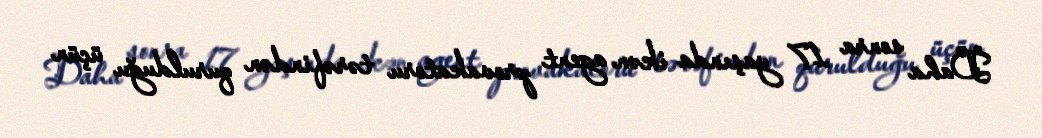
Daha sonra 17 yaşında ikən agent provakatoru tərəfindən qurulduğu üçün